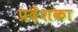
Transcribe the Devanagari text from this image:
प्रदेशका